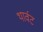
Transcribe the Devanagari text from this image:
थार्वट